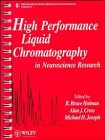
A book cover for High Performance Liquid Chromatography in Neuroscience Research (IBRO Handbook Series: Methods in the Neurosciences); Science & Math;